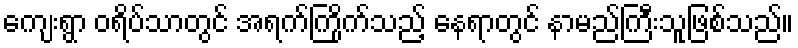
ကျေးရွာ ဝရိပ်သာတွင် အရက်ကြိုက်သည့် နေရာတွင် နာမည်ကြီးသူဖြစ်သည်။